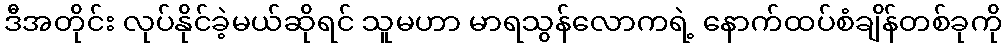
ဒီအတိုင်း လုပ်နိုင်ခဲ့မယ်ဆိုရင် သူမဟာ မာရသွန်လောကရဲ့ နောက်ထပ်စံချိန်တစ်ခုကို